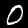
Digit: 0